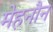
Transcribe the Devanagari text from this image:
मेहनौन